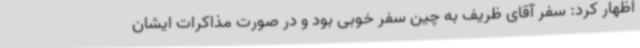
اظهار کرد: سفر آقای ظریف به چین سفر خوبی بود و در صورت مذاکرات ایشان